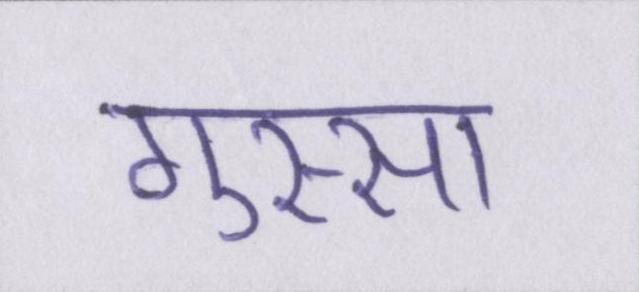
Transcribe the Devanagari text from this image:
गुस्सा